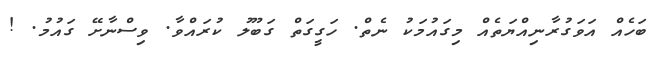
ބަހެއް އަވަގުރާނިއްޔަތެއް މިގައުމަކު ނެތް. ހަގީގަތް ގަބޫލު ކުރައްވާ. ވިސްނާށޭ ގައުމު. !